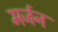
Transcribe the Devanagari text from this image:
मर्जन